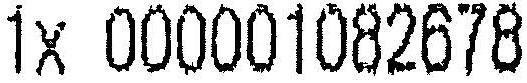
1X 000001082678